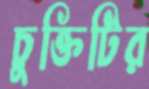
চুক্তিটির